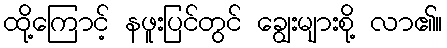
ထို့ကြောင့် နဖူးပြင်တွင် ချွေးများစို့ လာ၏။